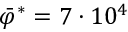
\bar { \varphi } ^ { * } = 7 \cdot 1 0 ^ { 4 }